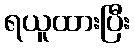
ရယူထားပြီး